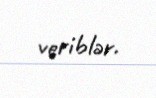
veriblər.